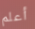
أعلم